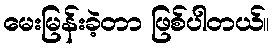
မေးမြန်းခဲ့တာ ဖြစ်ပါတယ်။